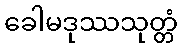
ခေါမဒုဿသုတ္တံ